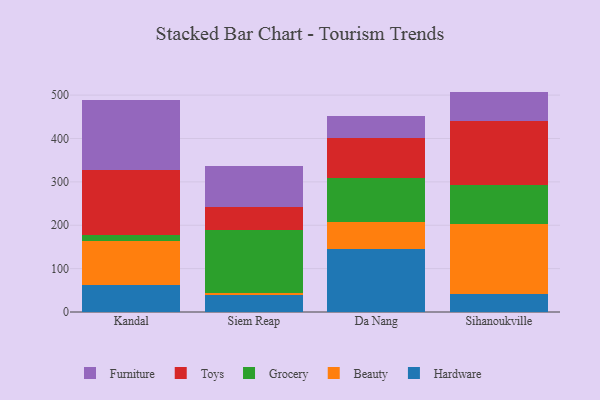
{"axis": {"x": "City", "y": "Gross Profit (USD K)"}, "legend": ["Beauty", "Furniture", "Grocery", "Hardware", "Toys"], "data": [{"x": "Kandal", "y": 61.7, "type": "Hardware"}, {"x": "Kandal", "y": 101.0, "type": "Beauty"}, {"x": "Kandal", "y": 14.5, "type": "Grocery"}, {"x": "Kandal", "y": 149.5, "type": "Toys"}, {"x": "Kandal", "y": 161.7, "type": "Furniture"}, {"x": "Siem Reap", "y": 38.1, "type": "Hardware"}, {"x": "Siem Reap", "y": 6.4, "type": "Beauty"}, {"x": "Siem Reap", "y": 144.9, "type": "Grocery"}, {"x": "Siem Reap", "y": 52.8, "type": "Toys"}, {"x": "Siem Reap", "y": 95.0, "type": "Furniture"}, {"x": "Da Nang", "y": 145.5, "type": "Hardware"}, {"x": "Da Nang", "y": 62.8, "type": "Beauty"}, {"x": "Da Nang", "y": 101.0, "type": "Grocery"}, {"x": "Da Nang", "y": 91.9, "type": "Toys"}, {"x": "Da Nang", "y": 51.8, "type": "Furniture"}, {"x": "Sihanoukville", "y": 40.6, "type": "Hardware"}, {"x": "Sihanoukville", "y": 163.4, "type": "Beauty"}, {"x": "Sihanoukville", "y": 89.4, "type": "Grocery"}, {"x": "Sihanoukville", "y": 147.9, "type": "Toys"}, {"x": "Sihanoukville", "y": 66.8, "type": "Furniture"}]}